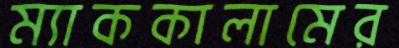
ম্যাককালামের